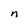
Character: n